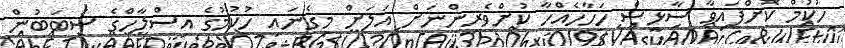
ހުކުމް ކޮށްފައިވާ ސާޅީސް ހަހާހެއްހާ ކުށްވެރިންނަށް އަލަށް މިގެނައި ހުކުމުގެ އިސްލާހްގެ ސަބަބުން